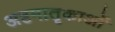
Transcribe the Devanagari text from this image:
अष्टमातृकाओं